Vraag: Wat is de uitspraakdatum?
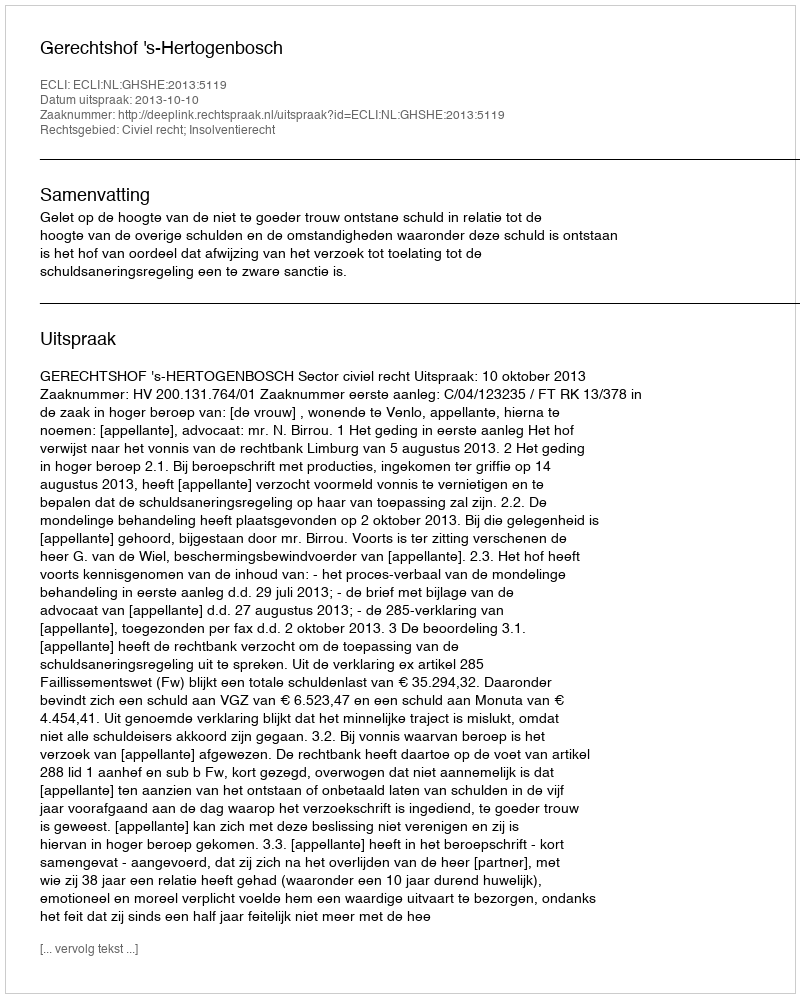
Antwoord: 2013-10-10